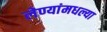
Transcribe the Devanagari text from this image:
लेण्यांमधल्या